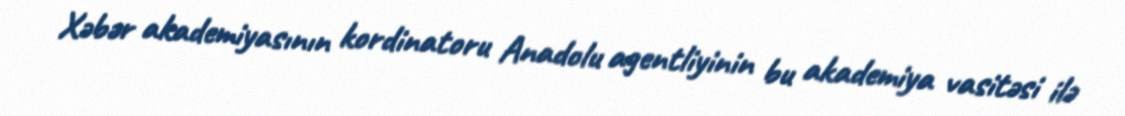
Xəbər akademiyasının kordinatoru Anadolu agentliyinin bu akademiya vasitəsi ilə